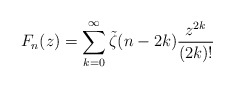
\begin{align*}F_n(z) = \sum_{k=0}^{\infty} \tilde{\zeta}(n-2k)\frac{z^{2k}}{(2k)!}\end{align*}